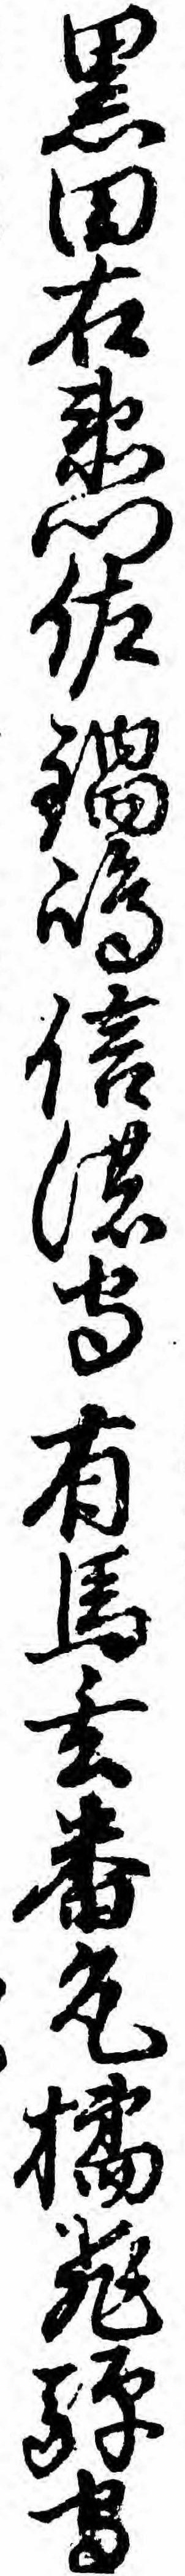
黒田右衛門佐鍋島信濃守有馬玄番允橘飛騨守